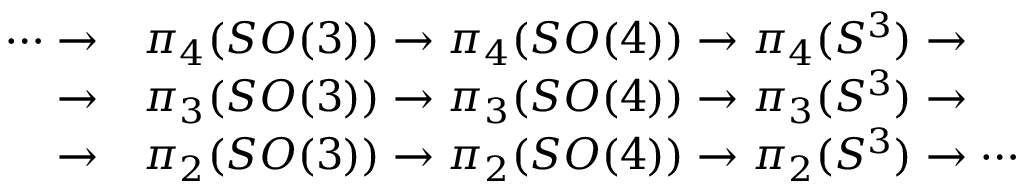
{ \begin{array} { r l } { \cdots \to } & { \pi _ { 4 } ( S O ( 3 ) ) \to \pi _ { 4 } ( S O ( 4 ) ) \to \pi _ { 4 } ( S ^ { 3 } ) \to } \\ { \to } & { \pi _ { 3 } ( S O ( 3 ) ) \to \pi _ { 3 } ( S O ( 4 ) ) \to \pi _ { 3 } ( S ^ { 3 } ) \to } \\ { \to } & { \pi _ { 2 } ( S O ( 3 ) ) \to \pi _ { 2 } ( S O ( 4 ) ) \to \pi _ { 2 } ( S ^ { 3 } ) \to \cdots } \end{array} }